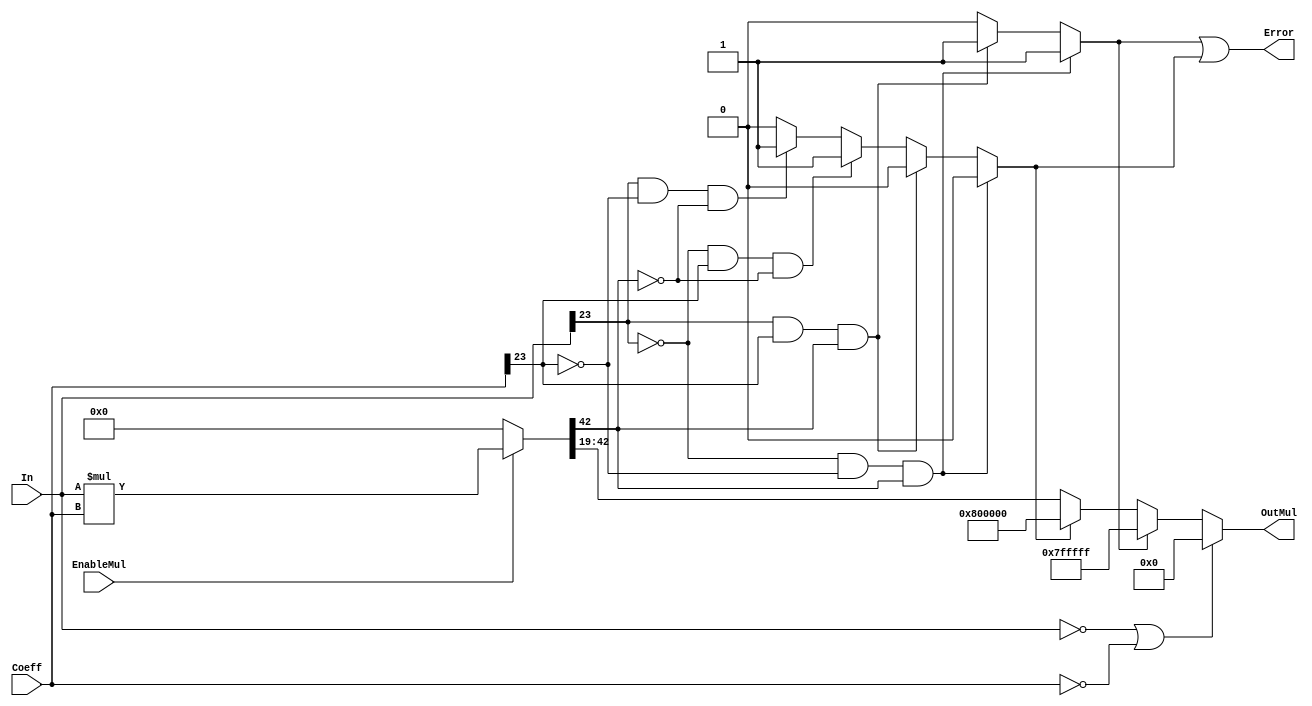
module multiplicadorPuntoFijo  #(parameter Width = 24, Magnitud = 4, Precision = 19, Signo = 1)
		(EnableMul,In,Coeff,OutMul,Error);
	 
	 input EnableMul;
	 input signed [Width-1:0] In,Coeff;
	 output reg signed [Width-1:0] OutMul = 0; 
	 output Error;
	 reg signed [2*Width-1:0]  AuxMul = 0; 
	 reg Overflow = 0;
	 reg Underflow = 0;
	 
	 
	 
		always @* begin //Se ejecuta la multiplicacin**************************************************
			if (EnableMul) begin
				AuxMul <= In * Coeff; // Se almacena el resultado en un temporal
			end
			else begin
				AuxMul <= 0;
			end
		end
		
		always @* begin // Deteccin  de Overflow y underflow****************************************+
			if (~In[Width-1] && ~Coeff[Width-1] && AuxMul[2*Width -1 - Magnitud - Signo]) begin
				Overflow <= 1;
				Underflow <= 0;
			end
			else if(In[Width-1] && Coeff[Width-1] && AuxMul[2*Width -1 - Magnitud - Signo]) begin
				Overflow <= 1;
				Underflow <= 0;
			end
			else if(~In[Width-1] && Coeff[Width-1] && ~AuxMul[2*Width -1 - Magnitud - Signo]) begin
				Overflow <= 0;
				Underflow <= 1;
			end
			else if(In[Width-1] && ~Coeff[Width-1] && ~AuxMul[2*Width -1 - Magnitud - Signo]) begin
				Overflow <= 0;
				Underflow <= 1;
			end
			else begin
				Overflow <= 0;
				Underflow <= 0;
			end
		end
		
		always @* begin // Se ejecuta la salida ***************************************************************
			if (In == 0 || Coeff==0) begin
					OutMul <= 0;
			end 
			else begin
				if (Overflow) begin
					OutMul <= 2**(Width-1) -1;  // En caso que se multipliquen 2 numeros positivos y de negativo; Significa que hubo overflow 					
				end
				else begin
					if (Underflow) begin
						OutMul <= -2**(Width-1);    // En caso que se multipliquen 1 numero negativo y el otro positivo y el resultado de positivo, sugnifica que hay underflow
					end
					else begin
						OutMul <= AuxMul[2*Width -1 - Magnitud - Signo : Precision];      // Si no hay ni overflow ni underflow Salida es igual a resultado temporal
					end
				end	
			end
		end
		
		//****************************Errorrrrrrrrr*************************
		assign Error =  Overflow | Underflow;
		
	
	 //**********************************************************FIN DE EJECUCION MULTIPLICADOR*********************************************************
endmodule